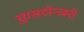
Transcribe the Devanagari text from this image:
ग्लासटोनबरी